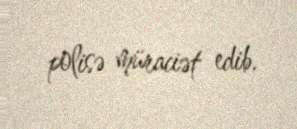
polisə müraciət edib.